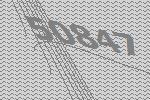
50847